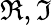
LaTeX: \Re,\Im